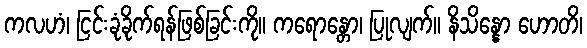
ကလဟံ၊ ငြင်းခုံခိုက်ရန်ဖြစ်ခြင်းကို။ ကရောန္တော၊ ပြုလျက်။ နိသိန္နော ဟောတိ၊